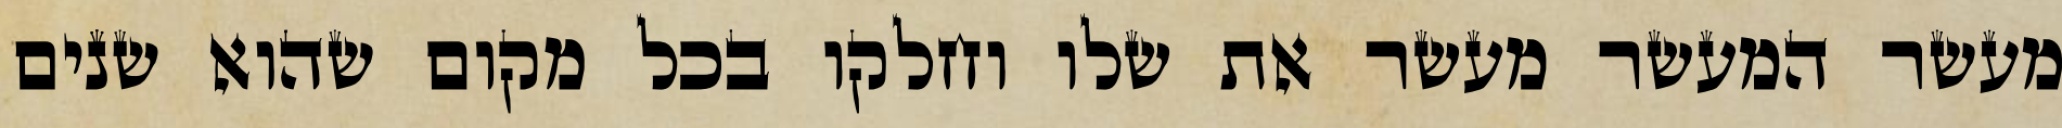
מעשר המעשר מעשר את שלו וחלקו בכל מקום שהוא שנים